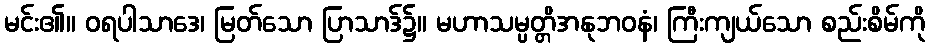
မင်း၏။ ဝရပါသာဒေ၊ မြတ်သော ပြာသာဒ်၌။ မဟာသမ္ပတ္တိအနုဘဝနံ၊ ကြီးကျယ်သော စည်းစိမ်ကို